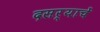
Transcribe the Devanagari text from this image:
दसर्‍याचें